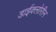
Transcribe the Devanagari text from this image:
डाईक्लोरीन